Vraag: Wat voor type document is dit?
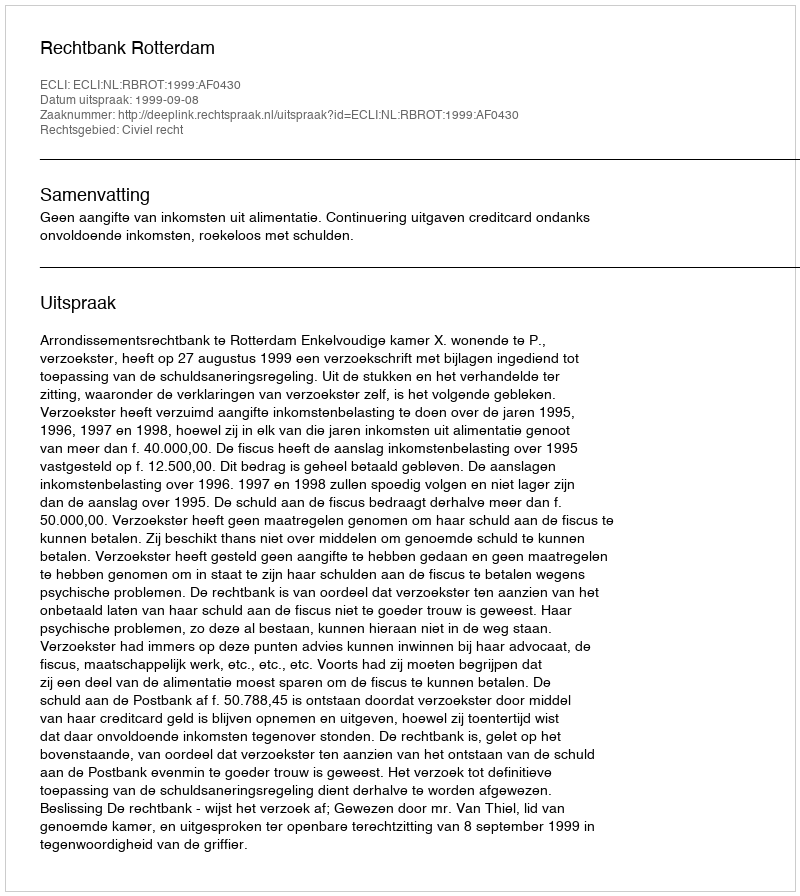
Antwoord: Uitspraak